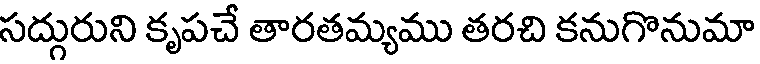
సద్గురుని కృపచే తారతమ్యము తరచి కనుగొనుమా